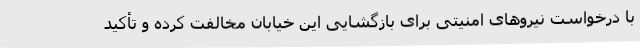
با درخواست نیروهای امنیتی برای بازگشایی این خیابان مخالفت کرده و تأکید